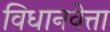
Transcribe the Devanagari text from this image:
विधानवेत्ता